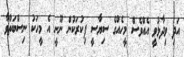
އަދި ވިދާޅުވީ އެއްވެސް މީހެއްގެ ސިޔާސީ ފިކުރަކުން ނޫނީ އެ މީހަކު ނިސްބަތްވާ